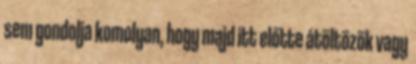
sem gondolja komolyan, hogy majd itt előtte átöltözök vagy